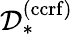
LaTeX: \mathcal{D}_{*}^{(\mathrm{ccrf})}